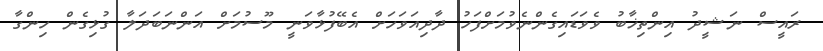
ރައީސް ނަޝީދު އިންތިޚާބު ވެވަޑައިގެންނެވުމަށްފަހު ދާދިއަވަހަށް އެބޭފުޅާވަނީ މޫސުމަށް އަންނަބަދަލާ ގުޅިގެން ހިންގާ